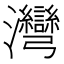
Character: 灣